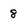
Character: 8